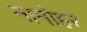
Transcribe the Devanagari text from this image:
नामोहर